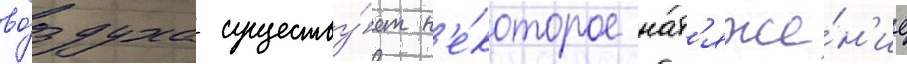
во́здуха существу́ет н'е́которое нат'яже́н'ие